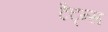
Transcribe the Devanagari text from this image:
टैट्न्स